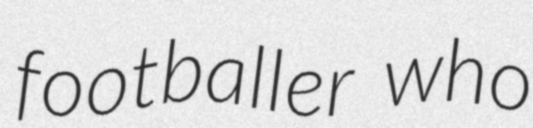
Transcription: footballer who